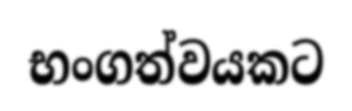
භංගත්වයකට